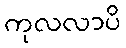
ကုလလာပိ